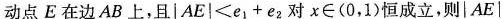
动点E在边AB上，且$$| A E | < e _ { 1 } + e _ { 2 }$$对x\in (0，1 )恒成立，则|AE|